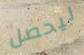
ليحصل